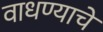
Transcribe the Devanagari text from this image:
वाधण्याचे